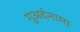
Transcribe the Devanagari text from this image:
गुअर्दनामा